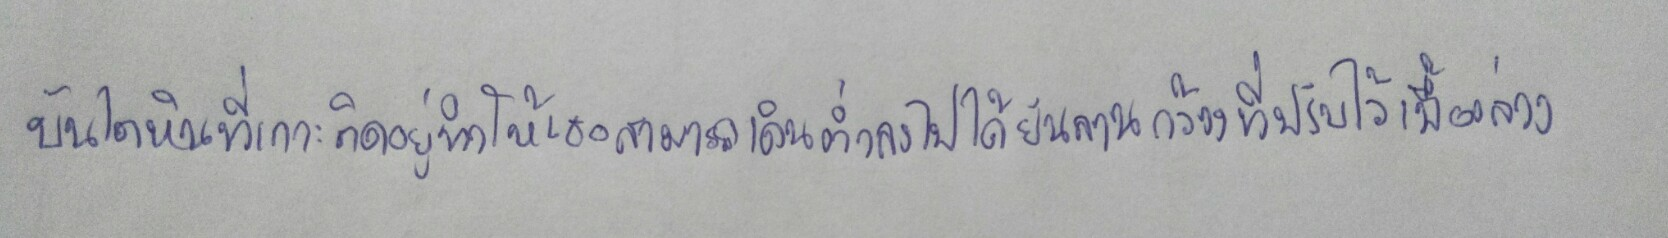
บันไดหินที่เกาะติดอยู่ทำให้เธอสามารถเดินต่ำลงไปได้ยังลานกว้างที่ปรับไว้เบื้องล่าง